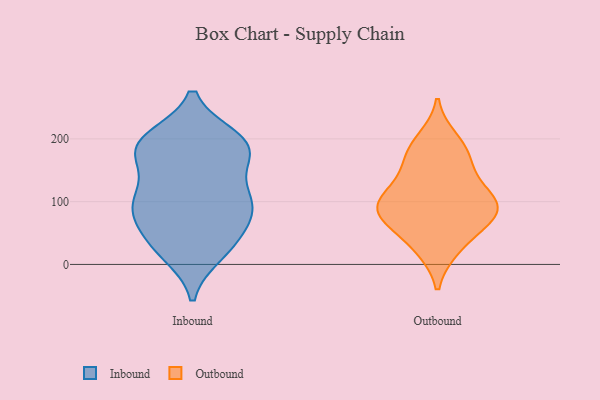
{"axis": {"x": "LTV (USD)", "y": "Value"}, "legend": ["Inbound", "Outbound"], "data": [{"x": "", "y": 96, "type": "Inbound"}, {"x": "", "y": 111, "type": "Inbound"}, {"x": "", "y": 80, "type": "Inbound"}, {"x": "", "y": 184, "type": "Inbound"}, {"x": "", "y": 192, "type": "Inbound"}, {"x": "", "y": 194, "type": "Inbound"}, {"x": "", "y": 175, "type": "Inbound"}, {"x": "", "y": 26, "type": "Inbound"}, {"x": "", "y": 35, "type": "Inbound"}, {"x": "", "y": 200, "type": "Inbound"}, {"x": "", "y": 34, "type": "Inbound"}, {"x": "", "y": 18, "type": "Inbound"}, {"x": "", "y": 76, "type": "Inbound"}, {"x": "", "y": 194, "type": "Inbound"}, {"x": "", "y": 106, "type": "Inbound"}, {"x": "", "y": 182, "type": "Inbound"}, {"x": "", "y": 94, "type": "Inbound"}, {"x": "", "y": 146, "type": "Inbound"}, {"x": "", "y": 90, "type": "Inbound"}, {"x": "", "y": 24, "type": "Outbound"}, {"x": "", "y": 191, "type": "Outbound"}, {"x": "", "y": 114, "type": "Outbound"}, {"x": "", "y": 112, "type": "Outbound"}, {"x": "", "y": 94, "type": "Outbound"}, {"x": "", "y": 85, "type": "Outbound"}, {"x": "", "y": 76, "type": "Outbound"}, {"x": "", "y": 149, "type": "Outbound"}, {"x": "", "y": 169, "type": "Outbound"}, {"x": "", "y": 98, "type": "Outbound"}, {"x": "", "y": 200, "type": "Outbound"}, {"x": "", "y": 165, "type": "Outbound"}, {"x": "", "y": 109, "type": "Outbound"}, {"x": "", "y": 66, "type": "Outbound"}, {"x": "", "y": 24, "type": "Outbound"}, {"x": "", "y": 64, "type": "Outbound"}, {"x": "", "y": 76, "type": "Outbound"}]}